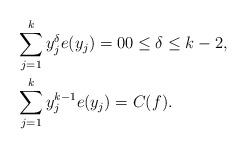
LaTeX: \begin{align*}&\sum_{j=1}^{k} y_j^{\delta} e(y_j)= 0 0 \leq \delta \leq k-2, \\&\sum_{j=1}^{k} y_j^{k-1} e(y_j) = C(f).\end{align*}